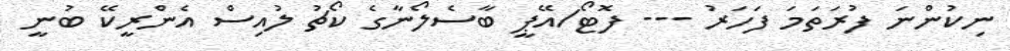
ނިކުންނަ ފުރަތަމަ ފަހަރު --- ފޮޓޯ/އޭޕީ ބާސެލޯނާގެ ކޯޗު ލުއިސް އެންރީކޭ ބުނީ